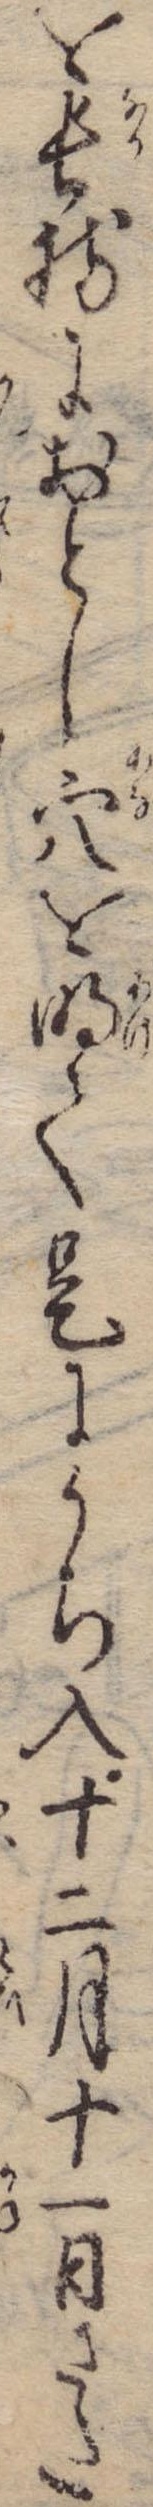
を長持におとし穴を明て是にうち入十二月十一日さた